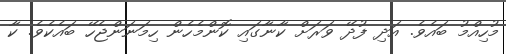
މުހިއްމު ބައެވެ. އަދި ފުދޭ ވަރަށް ކާނާގައި ކޮންމެހެން ހިމަނަންޖެހޭ ބައެކެވެ. ކާ